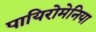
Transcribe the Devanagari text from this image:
पायिरोमेनिया